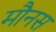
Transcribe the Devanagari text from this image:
मौनस